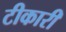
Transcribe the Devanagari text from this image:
टीकारी